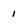
Character: 1